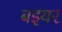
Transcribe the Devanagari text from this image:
बइयर